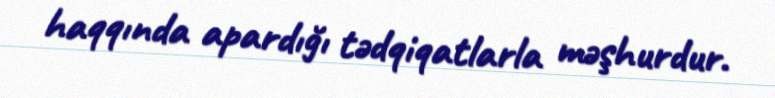
haqqında apardığı tədqiqatlarla məşhurdur.